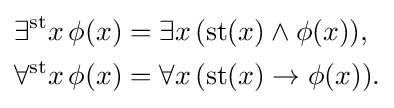
{\begin{aligned}\exists ^{\mathrm {st} }x\,\phi (x)&=\exists x\,(\operatorname {st} (x)\land \phi (x)),\\\forall ^{\mathrm {st} }x\,\phi (x)&=\forall x\,(\operatorname {st} (x)\to \phi (x)).\end{aligned}}